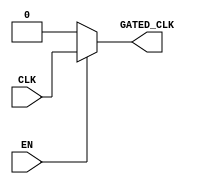
module clock_gating (
    input wire CLK,       // Primary clock signal
    input wire EN,        // Enable signal for clock gating
    output reg GATED_CLK  // Gated clock output
);

// Gating logic based on the enable signal
always @* begin
    if (EN) begin
        GATED_CLK = CLK; // When enabled, pass the clock signal
    end else begin
        GATED_CLK = 1'b0; // When disabled, set output to low
    end
end

endmodule